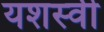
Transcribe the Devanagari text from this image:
यशस्‍वी